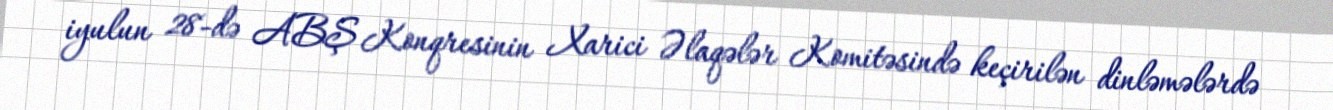
iyulun 28-də ABŞ Konqresinin Xarici Əlaqələr Komitəsində keçirilən dinləmələrdə